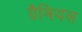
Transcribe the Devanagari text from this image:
ग्रैबियल